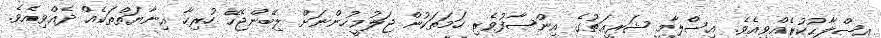
އިޞްލާޙުކުރެއްވިއެވެ. އިސްލާމީ ޝަރީޢަތުގެ އިންޞާފުވެރި ހަމަތަކުން ޖަލުމީހުންނަށް ލިބޭންޖެހޭ ހުރިހާ އިނާޔަތްތަކެއް ދެއްވިއެވެ.